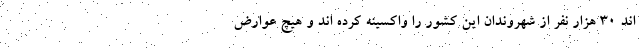
اند ۳۰ هزار نفر از شهروندان این کشور را واکسینه کرده اند و هیچ عوارض